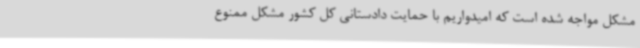
مشکل مواجه شده است که امیدواریم با حمایت دادستانی کل کشور مشکل ممنوع